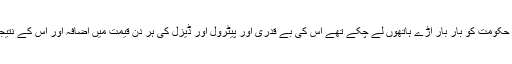
ہم یہ سمجھتے تھے کہ وہ روپیہ جس کے بارے میں وہ منموہن حکومت کو بار بار آڑے ہاتھوں لے چکے تھے اس کی بے قدری اور پیٹرول اور ڈیزل کی ہر دن قیمت میں اضافہ اور اس کے نتیجہ میں ہر دن مہنگائی میں اضافہ وزیراعظم کا خون جلا رہا ہے۔